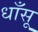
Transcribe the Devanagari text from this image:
धाँसू